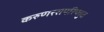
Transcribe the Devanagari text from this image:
करुणरसपरिप्लुत